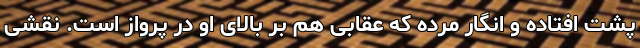
پشت افتاده و انگار مرده که عقابی هم بر بالای او در پرواز است. نقشی